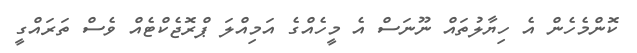
ކޮންމެހެން އެ ހިޔާލުތައް ނޫނަސް އެ މީހެއްގެ އަމިއްލަ ޕްރޮޖެކްޓެއް ވެސް ތަރައްގީ